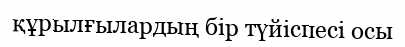
құрылғылардың бір түйіспесі осы